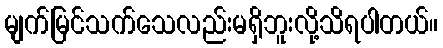
မျက်မြင်သက်သေလည်းမရှိဘူးလို့သိရပါတယ်။